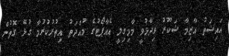
އައިޝަތު އާޒިމާ ޝަކޫރު ވިދާޅުވީ މާމިގިލީ އެއާޕޯޓުގެ މުއްދަތު އިތުރުކުރުމާ ގުޅޭ ގޮތުން